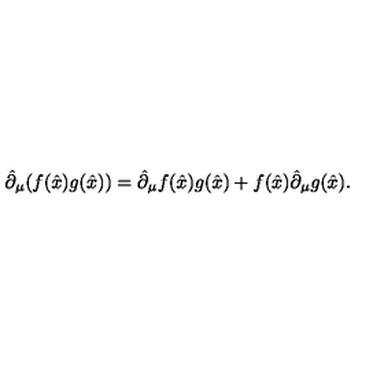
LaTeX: \hat { \partial } _ { \mu } ( f ( \hat { x } ) g ( \hat { x } ) ) = \hat { \partial } _ { \mu } f ( \hat { x } ) g ( \hat { x } ) + f ( \hat { x } ) \hat { \partial } _ { \mu } g ( \hat { x } ) .